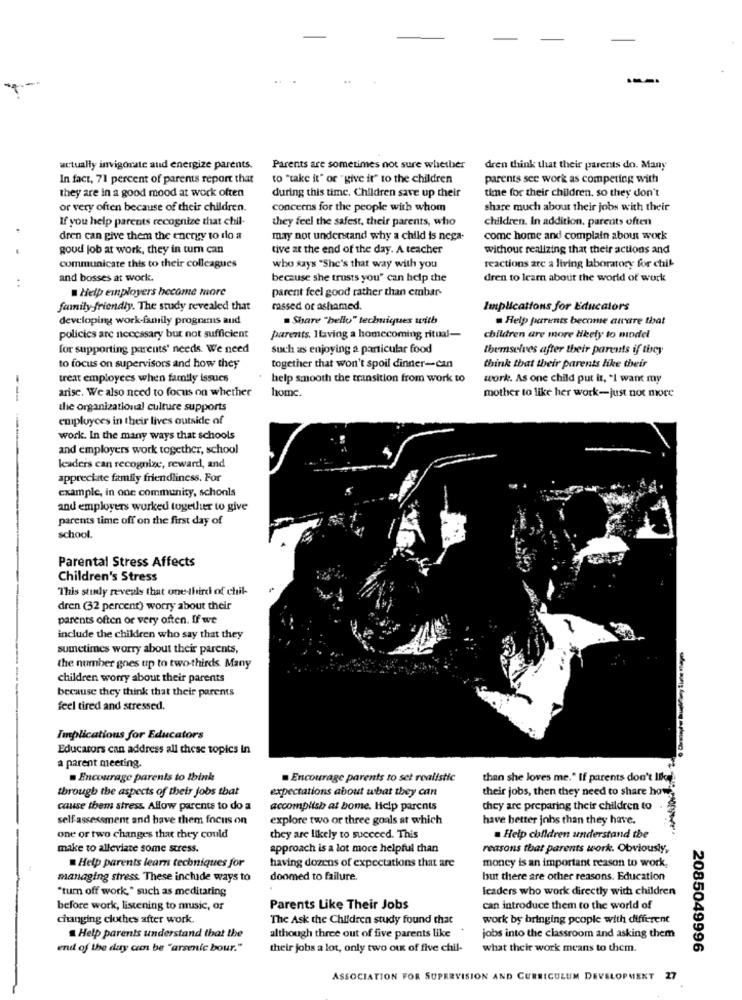
actually invigorate aud energize parents.
Parents are sometimes not sure whether
dren think that their parents do. Many
In fact, 71 percent of parents report that
to "take it" or "give it" to the children
parents see work as competing with
they are in a good mood at work often
during this time. Children save up their
time for their children. so they don't
or very often because of their children.
concerns for the people with whom
share much about their jobs with their
If you help parents recognize that chil-
they feel the safest, their parents, who
children. In addition, parents often
dren can give them the energy to do a
may not understand why a child is nega-
come home and complain about work
goud job at work, they in tum can
tive at the end of the day. A teacher
wichour realizing that their actions and
communicate this to their colleagues
who says "She's that way with you
reactions are a living laboratory for chik
and bosses at work.
because she trusts you" can help the
dren to learn about the world of work
Help employers become more
parent feel good rather than embar-
family friendly. The study revealed that
rassed or ashamed.
Implications for Educators
developing work-family programs aud
. Share "hello" techniques with
Help parents become aurre that
policies are necessary but not sufficient
parents. Having a homecoming ritual-
children are more likely to model
for supporting parents' needs. We need
such as enjoying a particular food
themselves after their parents if they
to focus on supervisors and how they
together that won't spoil dinner-can
think that their parents like their
treat employees when family issues
help smooth the transition from work to
work. As one child put it, "I want my
arisc. We also need to focus on whether
home.
--
mother to like her work-just not more
the organizational culture supports
employees in their lives outside of
work. In the many ways that schools
and employers work together, school
leaders can recognize, reward, and
appreciate family friendliness. For
example, in one community, schonls
and employers worked together to give
parents time off on the first day of
school.
Parental Stress Affects
Children's Stress
This study reveals that one-third of chil-
dren (32 percent) worry about their
parents often or very often. If we
include the children who say that they
sumetimes worry about their parents,
the number goes up to two-thirds. Many
children worry about their parents
because they think that their parents
feel tired and stressed.
Implications for Educators
Educators can address all these topics In
a parent meeting
Encourage parents to Ibink
Encourage parents to set realistic
than she loves me." If parents don't IBc
through the aspects of their jobs that
expectations about what they can
their jobs, then they need to share how
cause them stress. Allow parents to do a
accomplish at bome. Help parents
they are preparing their children to
self-assessment and have them focus on
explore two or three goals at which
have better johs than they have.
one or two changes that they could
they are likely to succeed. This
. Help children understand the
make to alleviate some stress.
approach is a lot more helpful than
reasons that parents work. Obviously,
Help parents learn techniques for
having dozens of expectations that are
money is an important reason to work,
managing stress. These include ways to
doomed to failure.
but there are other reasons. Education
"turn off work," such as meditating
leaders who work directly with children
before work, listening to music, or
Parents Like Their Jobs
can introduce them to the world of
changing clothes after work.
The Ask the Children study found that
work by bringing people with different
Help parents understand that the
although three out of five parents like
jobs into the classroom and asking them
end of the day cum be "arsenic bour."
their jobs a lot, only two out of five chil-
what their work means to them.
2085049996
ASSOCIATION FOR SUPERVISION AND CURRICULUM DEVELOPMENT
27